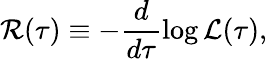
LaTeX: {\cal R}(\tau)\equiv-\frac{d}{d\tau}\log{{\cal L}(\tau)},